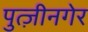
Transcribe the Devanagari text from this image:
पुत्ज़ीनगेर